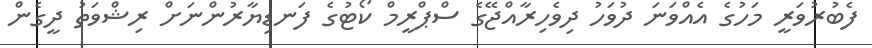
ފެބުރުވަރީ މަހުގެ އެއްވަނަ ދުވަހު ދިވެހިރާއްޖޭގެ ސްޕްރީމް ކޯޓުގެ ފަނޑިޔާރުންނަށް ރިޝްވަތު ދީގެން